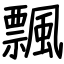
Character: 飄